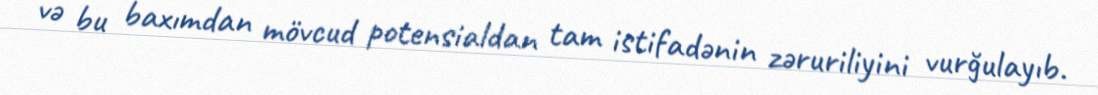
və bu baxımdan mövcud potensialdan tam istifadənin zəruriliyini vurğulayıb.